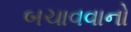
બચાવવાનો